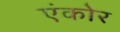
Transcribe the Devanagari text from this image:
एंकोर